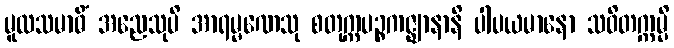
မူလသမာဓိံ အညေသုပိ အာရမ္မဏေသု စတုက္ကပဉ္စကဇ္ဈာနာနိ ပါပယမာနော သဝိတက္ကမ္ပိ